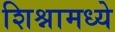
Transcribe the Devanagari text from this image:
शिश्नामध्ये